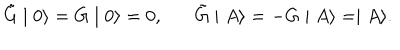
\tilde { G } \mid 0 \rangle = G \mid 0 \rangle = 0 , \tilde { G } \mid A \rangle = - G \mid A \rangle = \mid A \rangle .